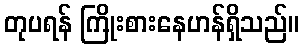
တုပရန် ကြိုးစားနေဟန်ရှိသည်။